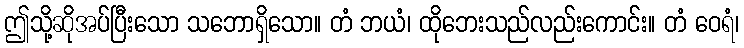
ဤသို့ဆိုအပ်ပြီးသော သဘောရှိသော။ တံ ဘယံ၊ ထိုဘေးသည်လည်းကောင်း။ တံ ဝေရံ၊